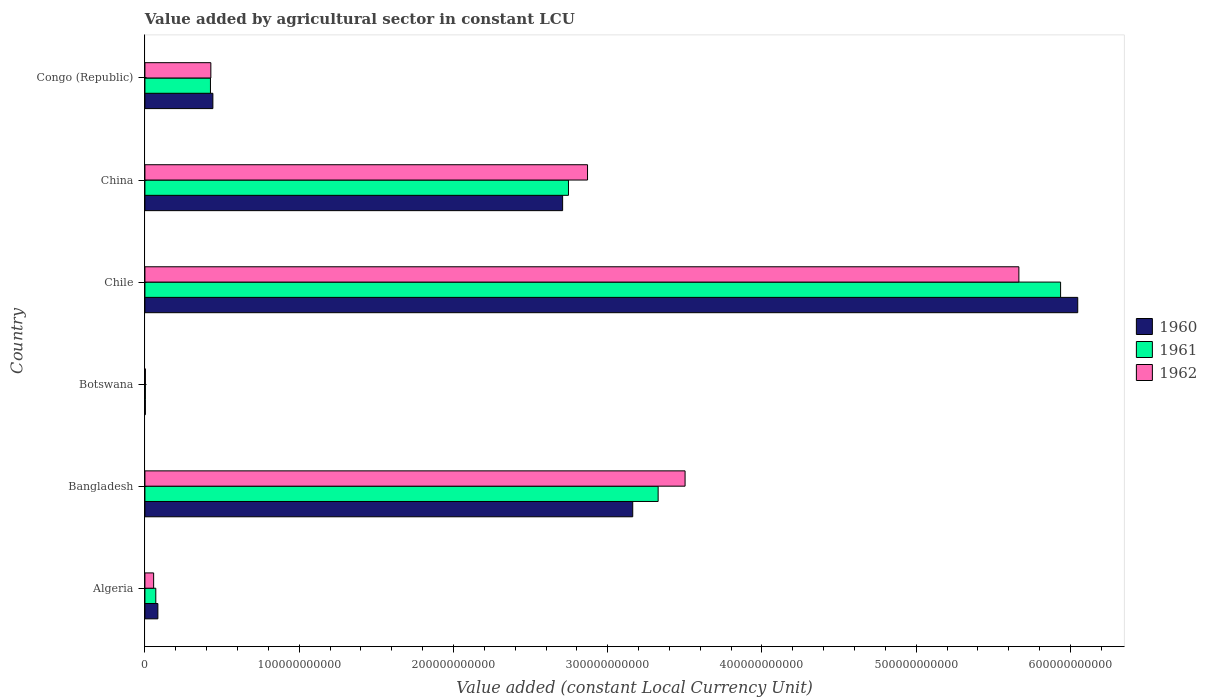
| Country | 1960 | 1961 | 1962 |
 | --- | --- | --- | --- |
 | Algeria | 8.4e+09 | 7.05e+09 | 5.66e+09 |
 | Bangladesh | 3.16e+11 | 3.33e+11 | 3.5e+11 |
 | Botswana | 2.79e+08 | 2.86e+08 | 2.96e+08 |
 | Chile | 6.05e+11 | 5.94e+11 | 5.67e+11 |
 | China | 2.71e+11 | 2.75e+11 | 2.87e+11 |
 | Congo (Republic) | 4.41e+10 | 4.25e+10 | 4.27e+10 |